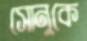
সোনুকে